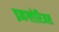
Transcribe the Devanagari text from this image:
इनग्लोरिअस